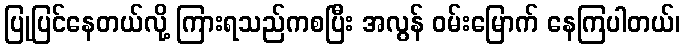
ပြုပြင်နေတယ်လို့ ကြားရသည်ကစပြီး အလွန် ဝမ်းမြောက် နေကြပါတယ်၊